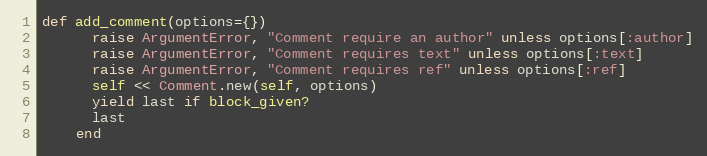
Language: Ruby
def add_comment(options={})
      raise ArgumentError, "Comment require an author" unless options[:author]
      raise ArgumentError, "Comment requires text" unless options[:text]
      raise ArgumentError, "Comment requires ref" unless options[:ref]
      self << Comment.new(self, options)
      yield last if block_given?
      last
    end